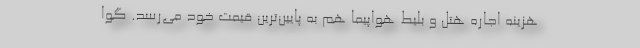
هزینه اجاره هتل و بلیط هواپیما هم به پایین‌ترین قیمت خود می‌رسد. گوا